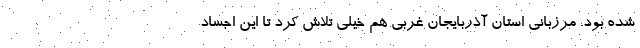
شده بود. مرزبانی استان آذربایجان غربی هم خیلی تلاش کرد تا این اجساد